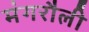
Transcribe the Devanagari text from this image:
मंगरौली